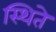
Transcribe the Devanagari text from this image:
स्थिते